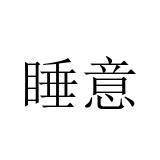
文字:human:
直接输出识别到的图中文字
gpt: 睡意